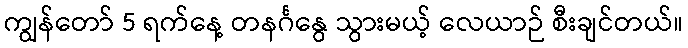
ကျွန်တော် 5 ရက်နေ့ တနင်္ဂနွေ သွားမယ့် လေယာဉ် စီးချင်တယ်။